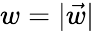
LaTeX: w=|\vec{w}|